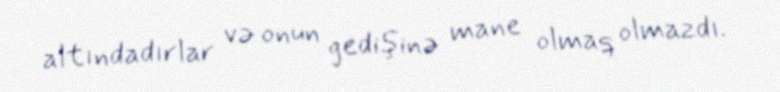
altındadırlar və onun gedişinə mane olmaq olmazdı.